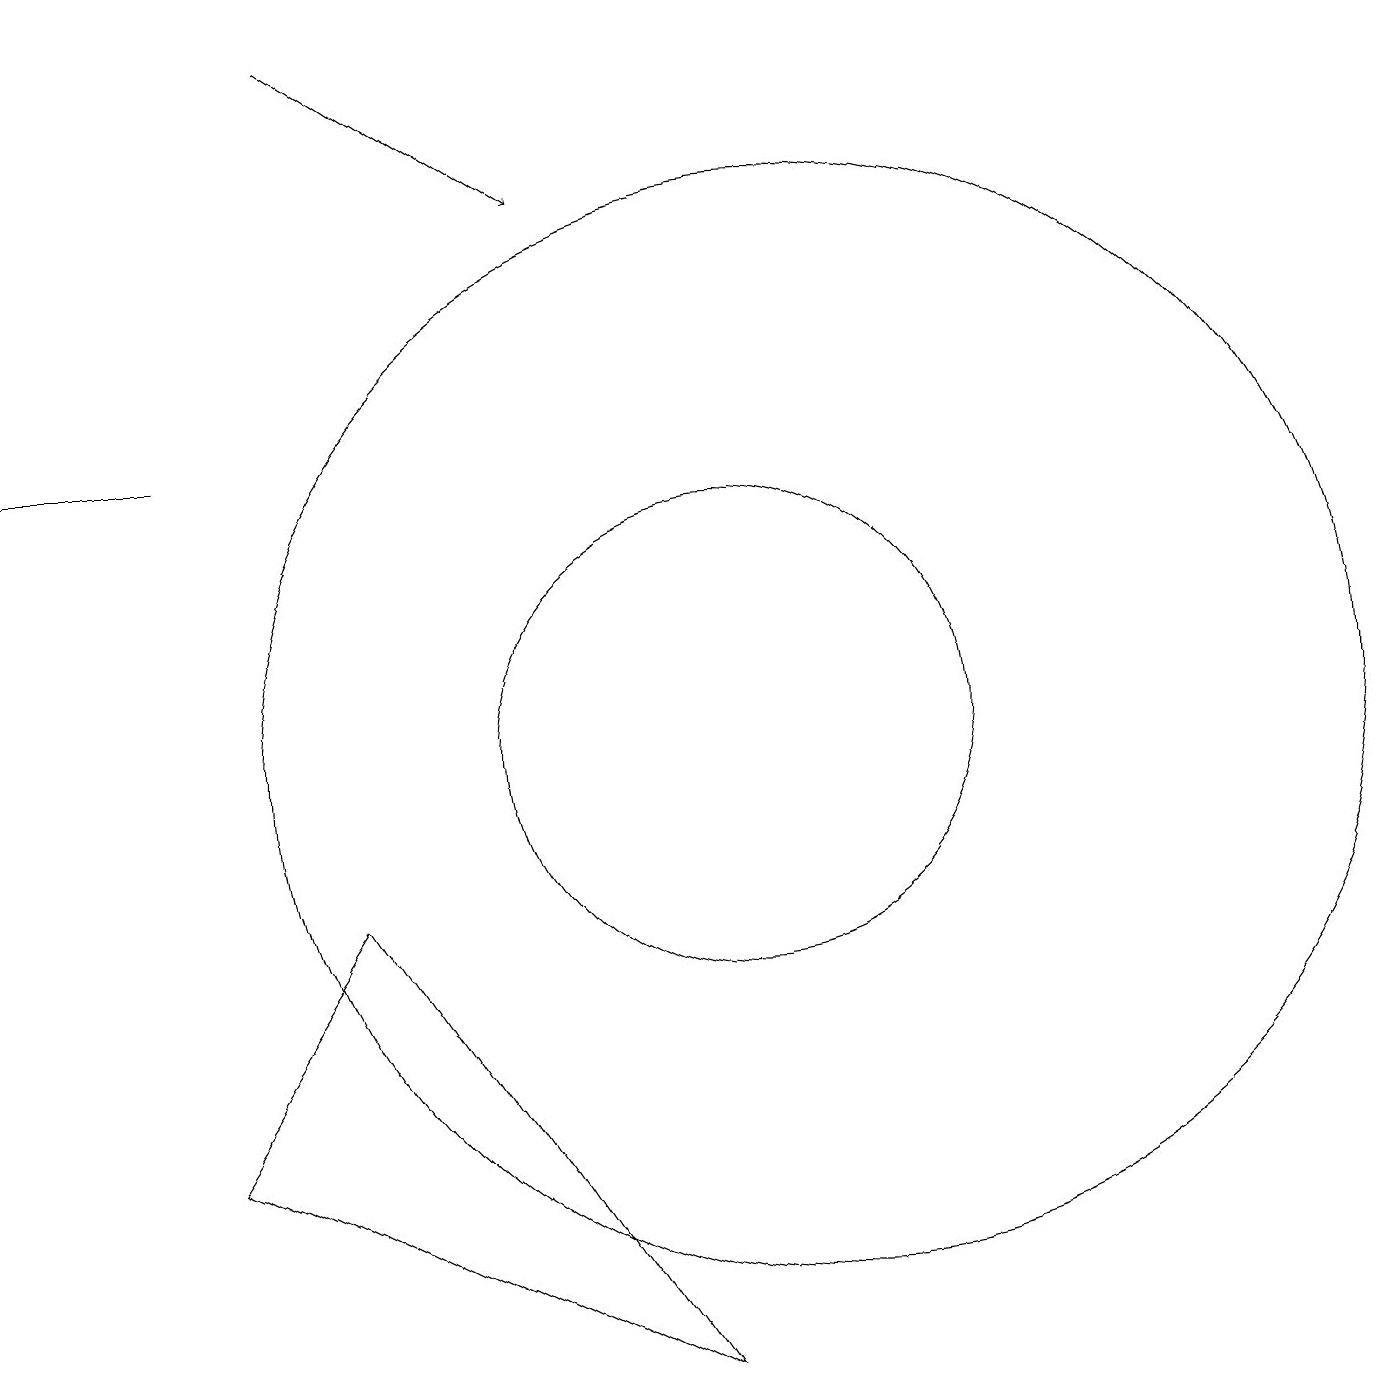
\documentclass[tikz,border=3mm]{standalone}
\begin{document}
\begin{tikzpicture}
\draw (3,14) rectangle (1,14);
\draw (10,10) circle (3);
\draw (11,10) circle (7);
\draw[->] (5,19) -- (8,17);
\draw (3,5) -- (9,2) -- (5,8) -- cycle;
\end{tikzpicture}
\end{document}